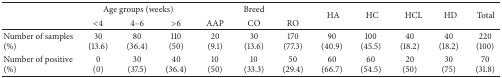
|  | <COLSPAN=3> Age groups (weeks) | <COLSPAN=3> Breed | <ROWSPAN=2> HA | <ROWSPAN=2> HC | <ROWSPAN=2> HCL | <ROWSPAN=2> HD | <ROWSPAN=2> Total |
 |  | <4 | 4–6 | >6 | AAP | CO | RO |
 | --- | --- | --- | --- | --- | --- | --- | --- | --- | --- | --- | --- |
 | Number of samples(%) | 30(13.6) | 80(36.4) | 110(50) | 20(9.1) | 30(13.6) | 170(77.3) | 90(40.9) | 100(45.5) | 40(18.2) | 40(18.2) | 220(100) |
 | Number of positive(%) | 0(0) | 30(37.5) | 40(36.4) | 10(50) | 10(33.3) | 50(29.4) | 60(66.7) | 60(54.5) | 20(50) | 30(75) | 70(31.8) |